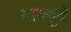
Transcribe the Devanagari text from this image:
धायगुड़े